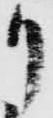
り